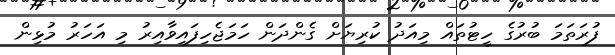
ފުރަތަމަ ބުރުގެ ހީޓުތައް މިއަދު ކުރިޔަށް ގެންދަން ހަމަޖެހިފައިވާއިރު މި އަހަރު މުޅިން